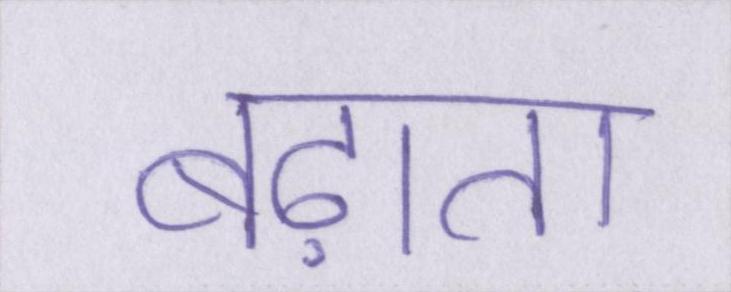
बढ़ाता